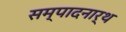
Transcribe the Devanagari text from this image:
सम्पादनार्थ